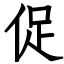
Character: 促